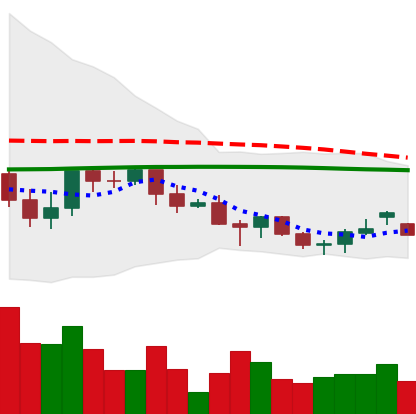
Ticker: LINK-USD
Chart end date: 2021-06-16
Forward return: -24.293%
Label: down_7plus